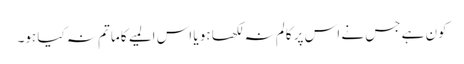
کون ہے جس نے اس پر کالم نہ لکھا ہو یا اس المیے کا ماتم نہ کیا ہو۔